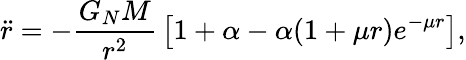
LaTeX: {\ddot{r}}=-{\frac{G_{N}M}{r^{2}}}\left[1+\alpha-\alpha(1+\mu r)e^{-\mu r}\right],